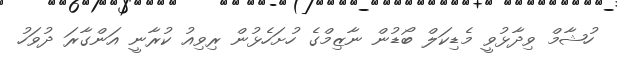
ހުޝާމް ވިދާޅުވީ މެޑިކަލް ބޯޑުން ނާޒިމްގެ ހުށަހެޅުން ރިވިއު ކުރާނީ އަންގާރަ ދުވަހު